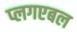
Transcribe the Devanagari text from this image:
प्लगएबल